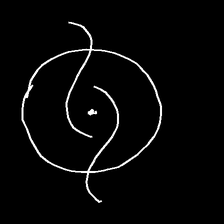
Glyph: repetition